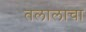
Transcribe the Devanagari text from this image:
तलालाचा